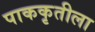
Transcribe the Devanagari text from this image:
पाककृतीला